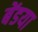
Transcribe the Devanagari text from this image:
बेंडया